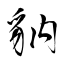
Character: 豽